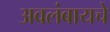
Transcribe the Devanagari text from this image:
अवलंबायचे